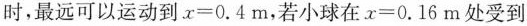
时，最远可以运动到$$x = 0 . 4 m$$，若小球在$$x = 0 . 1 6 m$$处受到